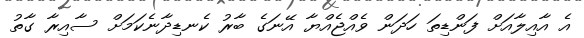
އެ އާއިލާއަށް ފަންޑިތަ ހަދަން ވެއްޖެއްޔާ އޭނަގެ ބާރު ކެނޑިދާނެކަމަށް ސާއިރާ ގާތު